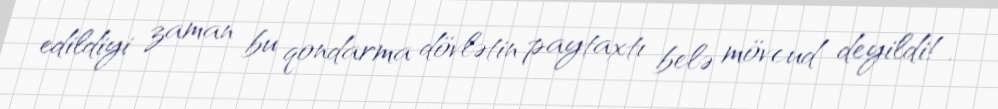
edildiyi zaman bu qondarma dövlətin paytaxtı belə mövcud deyildi!.